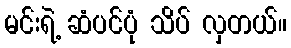
မင်းရဲ့ ဆံပင်ပုံ သိပ် လှတယ်။